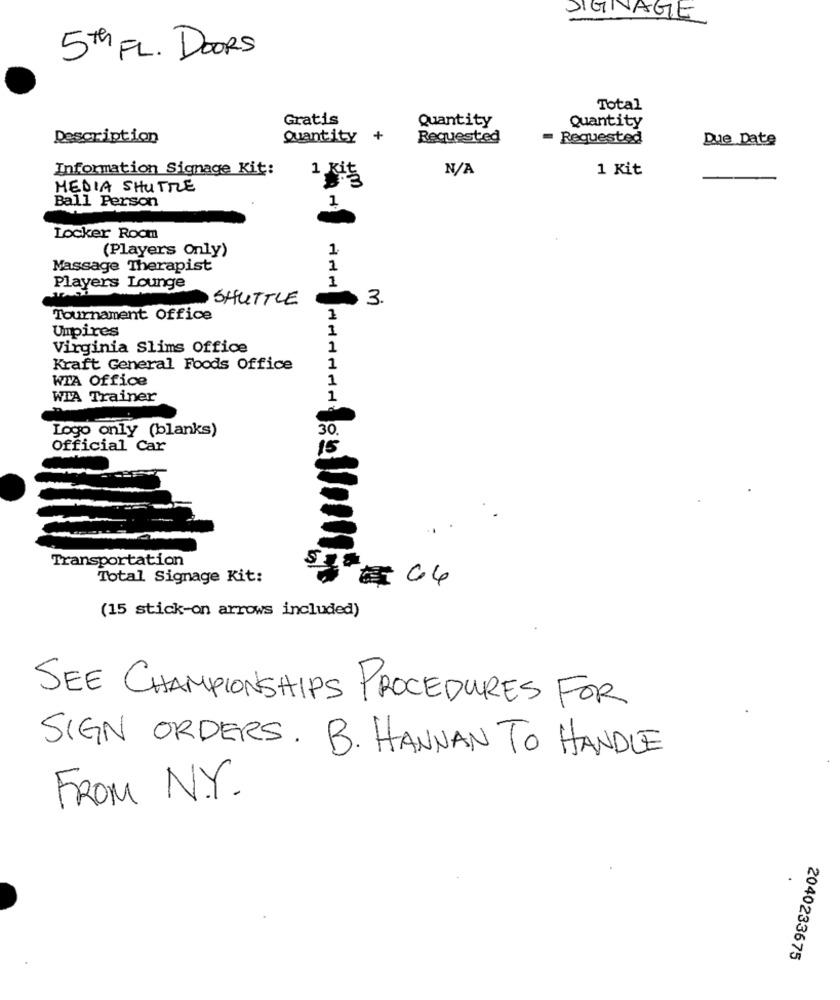
SIGNAGE
5th FL. DOORS
Total
Gratis
Quantity
Quantity
Description
Quantity +
Requested
Requested
Due Date
Information Signage Kit:
1 Kit
1 Kit
MEDIA SHUTTLE
1
Ball Person
Locker Room
(Players Only)
1
Massage Therapist
1
1
Players Lounge
SHUTTLE
$ 3.
Tournament Office
Umpires
Virginia Slims Office
1
Kraft General Foods Office
1
WTA Office
1
WIA Trainer
1
Logo only (blanks)
30
Official Car
Transportation
Total Signage Kit:
(15 stick-on arrows included)
SEE CHAMPIONSHIPS PROCEDURES FOR
SIGN ORDERS. B. HANNAN TO HANDLE
FROM N.Y.
2040233675